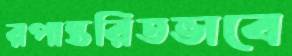
রপান্তরিতভাবে